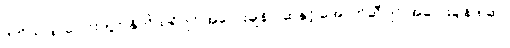
ဒုတိယဒြပ်ပေါင်းတွင် နိုက်ထရိုဂျင် အလေးချိန် ၇ဆနှင့် အောက်ဆီဂျင် အလေးချိန် ၈ဆ။